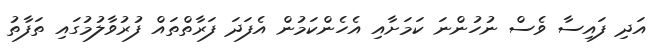
އަދި ފައިސާ ވެސް ނުހުންނަ ކަމަށާއި އެހެންކަމުން އެފަދަ ފަރާތްތައް ފުރުވާލުމުގައި ތަފާތު